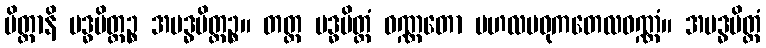
ပိတ္တာနိ ဗဒ္ဓပိတ္တဉ္စ အဗဒ္ဓပိတ္တဉ္စ။ တတ္ထ ဗဒ္ဓပိတ္တံ ဝဏ္ဏတော ဗဟလမဓုကတေလဝဏ္ဏံ။ အဗဒ္ဓပိတ္တံ